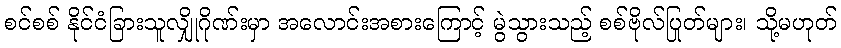
စင်စစ် နိုင်ငံခြားသူလျှိုဂိုဏ်းမှာ အလောင်းအစားကြောင့် မွဲသွားသည့် စစ်ဗိုလ်ပြုတ်များ၊ သို့မဟုတ်